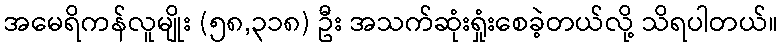
အမေရိကန်လူမျိုး (၅၈,၃၁၈) ဦး အသက်ဆုံးရှုံးစေခဲ့တယ်လို့ သိရပါတယ်။